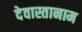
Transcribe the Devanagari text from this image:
देवास्तानाम